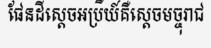
ផែនដីស្តេចអប្រីយ៍គឺស្តេចមច្ចុរាជ